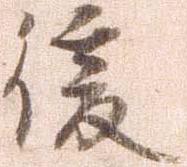
後